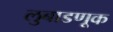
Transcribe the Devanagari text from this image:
लुबाडणूक